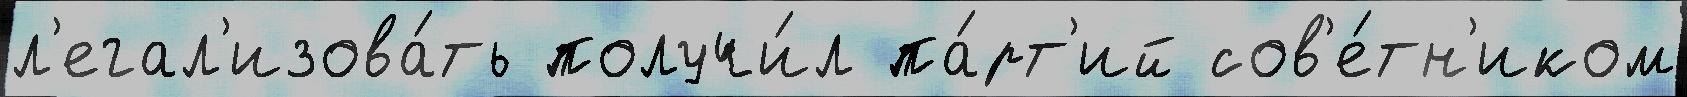
л'егал'изова́ть получи́л па́рт'ий сов'е́тн'иком